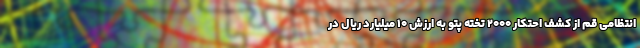
انتظامی قم از کشف احتکار ۲۰۰۰ تخته پتو به ارزش ۱۰ میلیارد ریال در